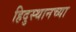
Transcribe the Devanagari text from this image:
हिदुस्थानच्या